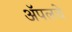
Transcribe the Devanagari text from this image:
ॲपलचे